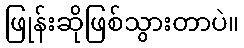
ဖြုန်းဆိုဖြစ်သွားတာပဲ။